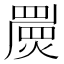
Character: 𤐁